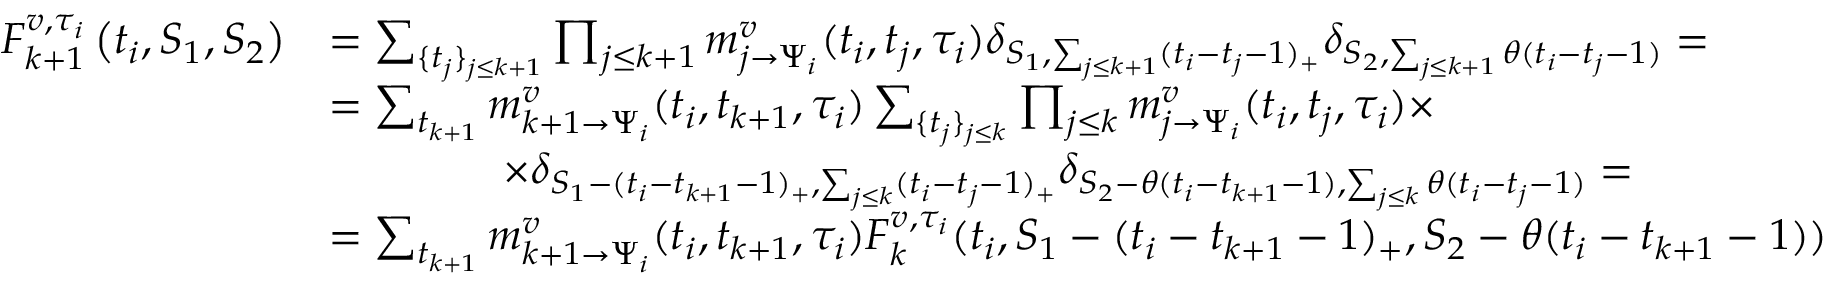
\begin{array} { r l } { F _ { k + 1 } ^ { v , \tau _ { i } } \left( t _ { i } , S _ { 1 } , S _ { 2 } \right) } & { = \sum _ { \{ t _ { j } \} _ { j \leq k + 1 } } \prod _ { j \leq k + 1 } m _ { j \to \Psi _ { i } } ^ { v } ( t _ { i } , t _ { j } , \tau _ { i } ) \delta _ { S _ { 1 } , \sum _ { j \leq k + 1 } ( t _ { i } - t _ { j } - 1 ) _ { + } } \delta _ { S _ { 2 } , \sum _ { j \leq k + 1 } \theta ( t _ { i } - t _ { j } - 1 ) } = } \\ & { = \sum _ { t _ { k + 1 } } m _ { k + 1 \to \Psi _ { i } } ^ { v } ( t _ { i } , t _ { k + 1 } , \tau _ { i } ) \sum _ { \{ t _ { j } \} _ { j \leq k } } \prod _ { j \leq k } m _ { j \to \Psi _ { i } } ^ { v } ( t _ { i } , t _ { j } , \tau _ { i } ) \times } \\ & { \qquad \qquad \times \delta _ { S _ { 1 } - ( t _ { i } - t _ { k + 1 } - 1 ) _ { + } , \sum _ { j \leq k } ( t _ { i } - t _ { j } - 1 ) _ { + } } \delta _ { S _ { 2 } - \theta ( t _ { i } - t _ { k + 1 } - 1 ) , \sum _ { j \leq k } \theta ( t _ { i } - t _ { j } - 1 ) } = } \\ & { = \sum _ { t _ { k + 1 } } m _ { k + 1 \to \Psi _ { i } } ^ { v } ( t _ { i } , t _ { k + 1 } , \tau _ { i } ) F _ { k } ^ { v , \tau _ { i } } ( t _ { i } , S _ { 1 } - ( t _ { i } - t _ { k + 1 } - 1 ) _ { + } , S _ { 2 } - \theta ( t _ { i } - t _ { k + 1 } - 1 ) ) } \end{array}